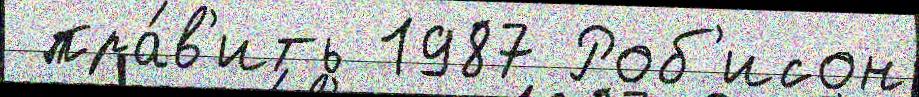
 пра́в'ить 1987 Роб'исон